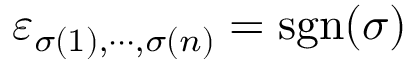
\varepsilon _ { \sigma ( 1 ) , \cdots , \sigma ( n ) } = \operatorname { s g n } ( \sigma )